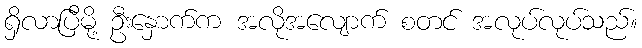
ရှိလာပြီမို့ ဦးနှောက်က အလိုအလျောက် စတင် အလုပ်လုပ်သည်။